Elephants and their diseases
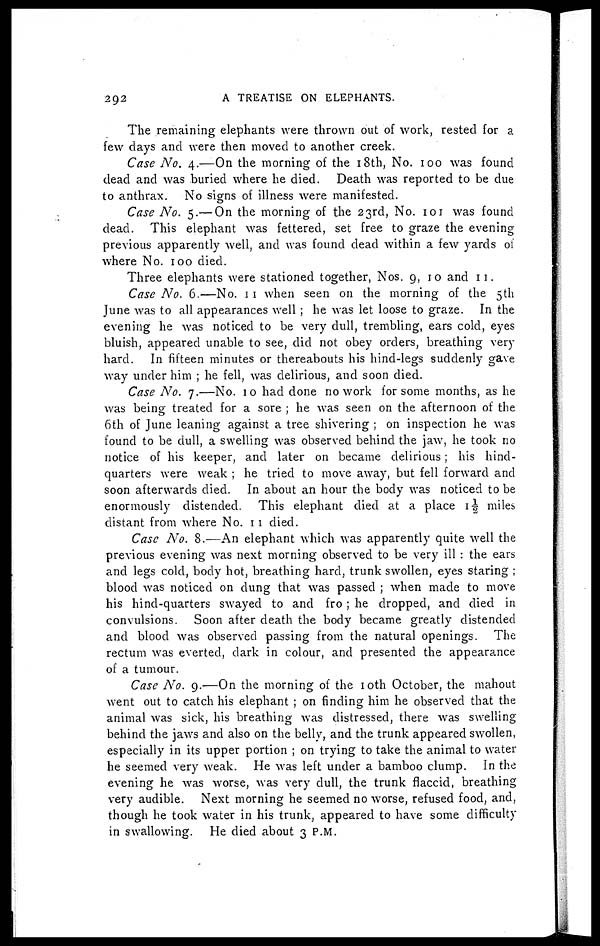
292
A TREATISE ON ELEPHANTS.
The remaining elephants were thrown out of work, rested for a
few days and were then moved to another creek.
Case No. 4.—On the morning of the 18th, No. 100 was found
dead and was buried where he died. Death was reported to be due
to anthrax. No signs of illness were manifested.
Case No. 5.— On the morning of the 23rd, No. 101 was found
dead. This elephant was fettered, set free to graze the evening
previous apparently well, and was found dead within a few yards of
where No. 100 died.
Three elephants were stationed together, Nos. 9, 10 and 11.
Case No. 6.—No. 11 when seen on the morning of the 5th
June was to all appearances well ; he was let loose to graze. In the
evening he was noticed to be very dull, trembling, ears cold, eyes
bluish, appeared unable to see, did not obey orders, breathing very
hard. In fifteen minutes or thereabouts his hind-legs suddenly gave
way under him ; he fell, was delirious, and soon died.
Case No. 7.—No. 10 had done no work for some months, as he
was being treated for a sore ; he was seen on the afternoon of the
6th of June leaning against a tree shivering ; on inspection he was
found to be dull, a swelling was observed behind the jaw, he took no
notice of his keeper, and later on became delirious ; his hind-
quarters were weak ; he tried to move away, but fell forward and
soon afterwards died. In about an hour the body was noticed to be
enormously distended. This elephant died at a place 1½ miles
distant from where No. 11 died.
Case No. 8.—An elephant which was apparently quite well the
previous evening was next morning observed to be very ill : the ears
and legs cold, body hot, breathing hard, trunk swollen, eyes staring ;
blood was noticed on dung that was passed ; when made to move
his hind-quarters swayed to and fro ; he dropped, and died in
convulsions. Soon after death the body became greatly distended
and blood was observed passing from the natural openings. The
rectum was everted, dark in colour, and presented the appearance
of a tumour.
Case No. 9.—On the morning of the 10th October, the mahout
went out to catch his elephant ; on finding him he observed that the
animal was sick, his breathing was distressed, there was swelling
behind the jaws and also on the belly, and the trunk appeared swollen,
especially in its upper portion ; on trying to take the animal to water
he seemed very weak. He was left under a bamboo clump. In the
evening he was worse, was very dull, the trunk flaccid, breathing
very audible. Next morning he seemed no worse, refused food, and,
though he took water in his trunk, appeared to have some difficulty
in swallowing. He died about 3 P.M.